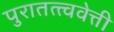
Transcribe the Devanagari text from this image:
पुरातत्त्ववेत्ती